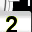
Digit: 2